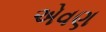
એવણ